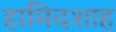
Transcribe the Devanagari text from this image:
हामिदशाह